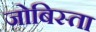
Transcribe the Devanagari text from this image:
जोबिस्ता